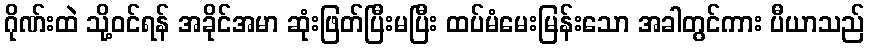
ဂိုဏ်းထဲ သို့ဝင်ရန် အခိုင်အမာ ဆုံးဖြတ်ပြီးမပြီး ထပ်မံမေးမြန်းသော အခါတွင်ကား ပီယာသည်